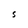
Character: S